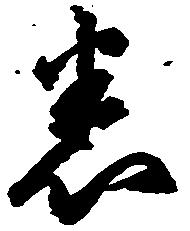
悉